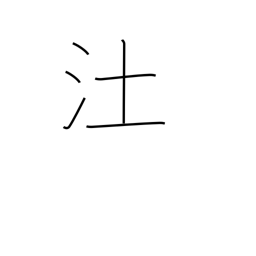
Meaning: marsh